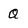
Character: Q